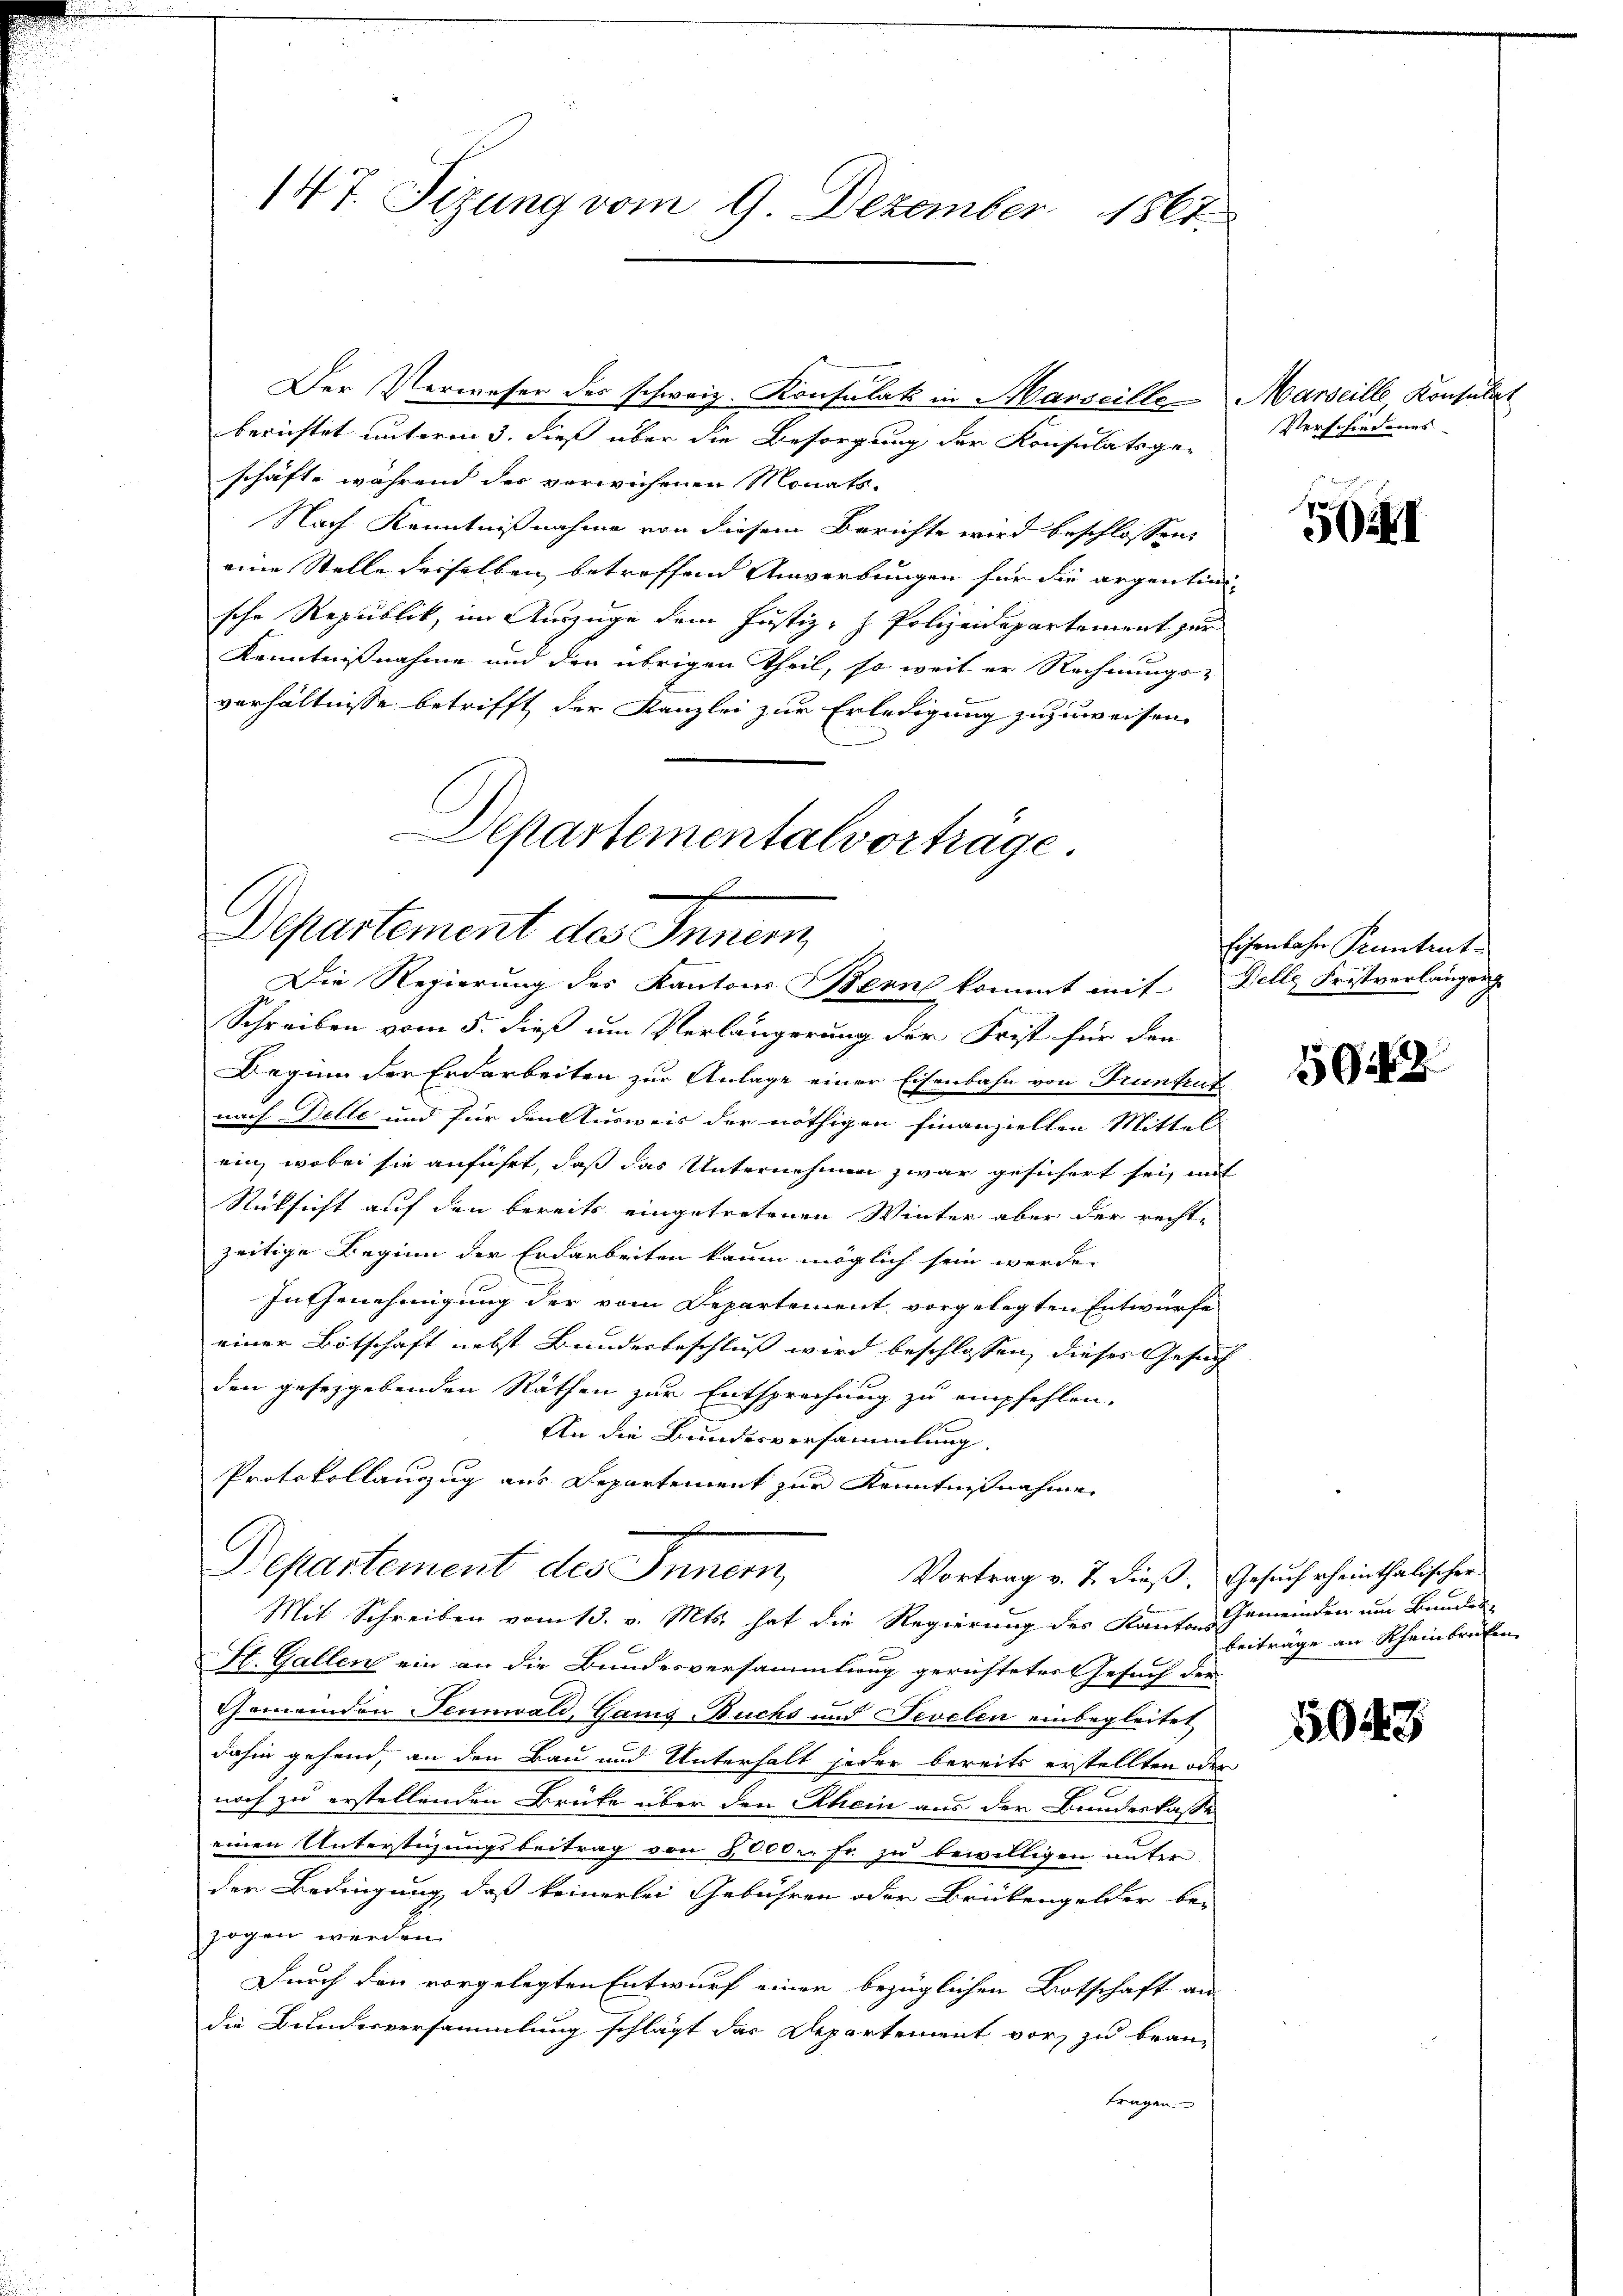
147. Sizung vom 9 Dezember 1861.

Der Vermeser der schweiz. Konsulat in Marseille Marseille Konsulat
berichtet unterm 3. dieß über die Besorgung der Konsulatsge-
schäfte während der verwichenen Monats-
Nach Kenntnißnahme von diesem Berichte wird beschlossen,
eine Stelle derselben betreffend Anwerbungen für die argentin-
sche Republik, im Auszuge dem Justiz- H. Polizeidepartement zur
Kenntnißnahme und den übrigen Theil, so weit er Rechnungs-
verhältnisse betrifft der Kanzlei zur Erledigung zuzuweisen.
Departementalvorträge

m
Departement des Innern
Die Regierung des Kantons Bern kommt mit Delle Fristverlängeng

Schreiben vom 5. dieß um Verlängerung der Frist für den
Beginn der Erdarbeiten zur Anlage einer Eisenbahn von Truntruf
nach Delle und für den Ausweis der nöthigen Finanziellen Mittel
ein, wobei sie anführt, daß das Unternehmen zwar gesichert sei, mit
Rüksicht auf den bereits eingetretenen Winter aber der recht-
zeitige Beginn der Erdarbeiten kaum möglich sein werde.
In Genehmigung der vom Departement, vorgelegten Entwurfe
einer Botschaft nebst Bundesbeschluß wird beschlossen, dieses Gesuch- |
den geseggebenden Räthen zur Entsprechung zu empfehlen.
An die Bundesversammlung.
Protokollauszug aus Departement zur Kenntnißnahme
Departement des Innern,
Vortrag v. 7. dieß, Gesuch rheinthalischer
Mit Schreiben vom 13. v. Mts. hat die Regierung des Kante Gemeinden um Bunder-
H. Gallen ein an die Bundesversammlung gerichteter Gesuch der
Gemeinden Tennwald, Gamis-Buchs und Sevelen einbegleitet
dahin gehend, an den Bau und Unterhalt jeder bereits erstellten oder
noch zu erstellenden Brüke über den Rhein aus der Bundeskasse
einen Unterstüzungsbeitrag von 8000.- Er zu bewilligen unter
der Bedingung, daß keinerlei Gebühren oder Brückengelder be-
zogen werden.
Durch den vorgelegten Entwurf einer bezüglichen Botschaft an
die Bundesversammlung schlägt das Departement vor, zu bean-
tragen

Verschiedenes

5I

Eisenbahn Pruntrut

1912

beiträge an Rheinbrechen

5048